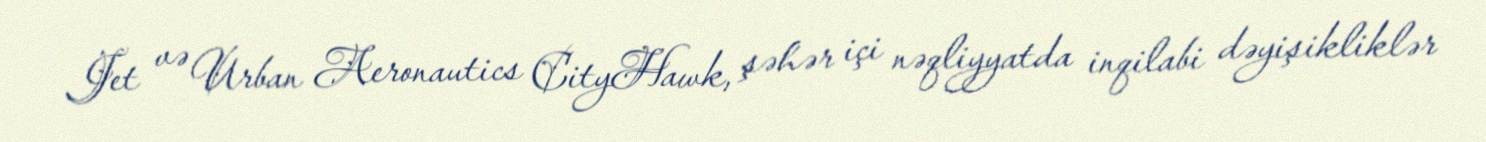
Jet və Urban Aeronautics CityHawk, şəhər içi nəqliyyatda inqilabi dəyişikliklər